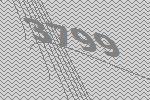
3799